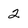
Character: 2